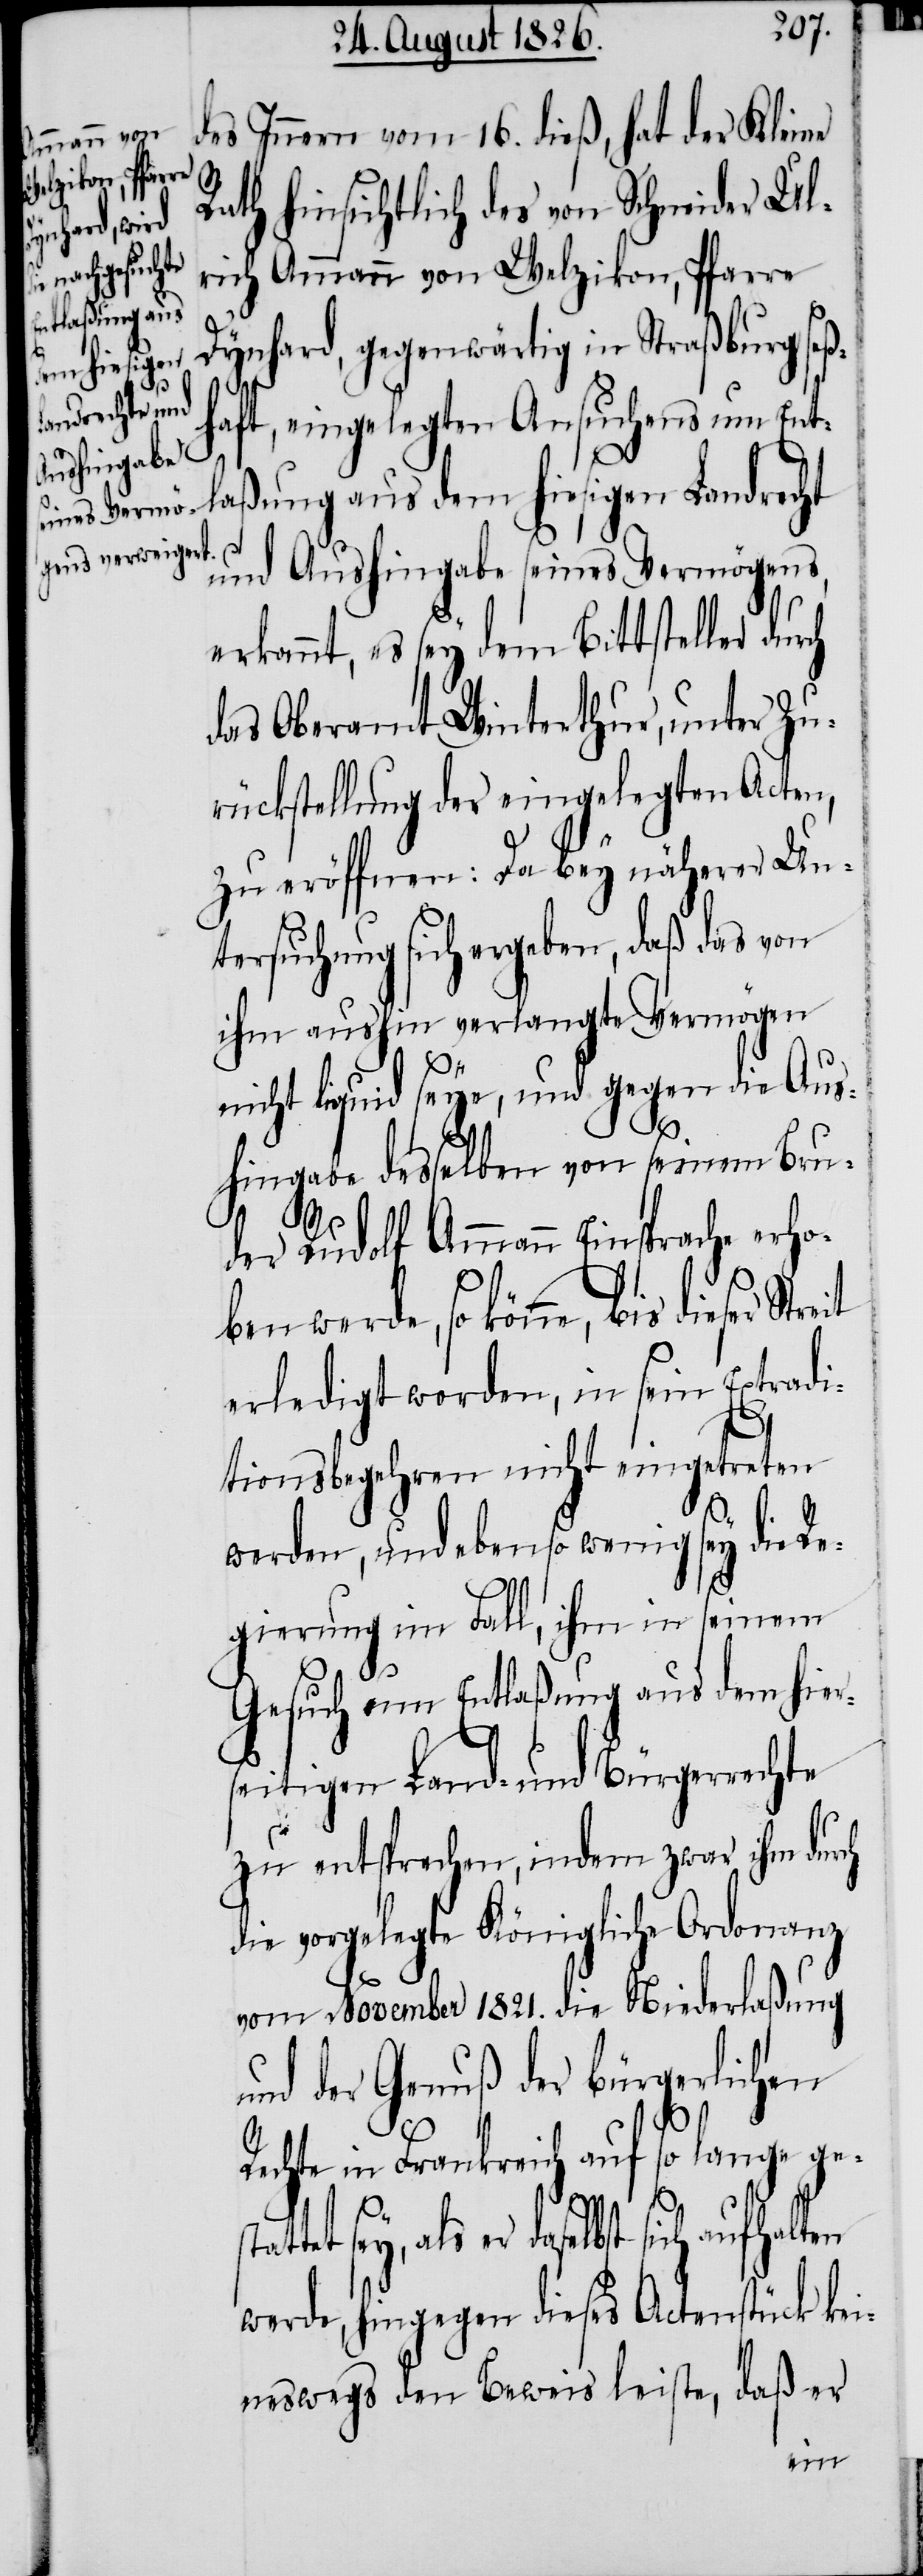
des Innern vom 16. dieß, hat der Kleine
Rath hinsichtlich des von Schneider Ul¬
rich Ammann von Welzikon, Pfarre
Dynhard, gegenwärtig in Straßburg seß¬
haft, eingelegten Ansuchens um Ent¬
laßung aus dem hiesigen Landrecht
und Aushingabe seines Vermögens
erkannt, es sey dem Bittsteller
das Oberamt Winterthur, unter Zu¬
rückstellung der eingelegten Acten,
zu eröffnen: Da bey näherer Un¬
tersuchung sich ergeben, daß das von
ihm aushin verlangte Vermögen
nicht liquid seye, und gegen die Aus¬
hingabe desselben von seinem Bru¬
der Rudolf Ammann Einsprache erho¬
ben werde, so könne, bis dieser Streit
erledigt worden, in sein Extradi¬
tionsbegehren nicht eingetreten
werden, und ebenso wenig sey die Re¬
gierung im Fall, ihm in seinem
Gesuch um Entlaßung aus dem hier¬
seitigen Land- und Bürgerrechte
zu entsprechen, indem zwar ihm durch
die vorgelegte Königliche Ordonanz
vom November 1821. die Niederlaßung
und der Genuß der bürgerlichen
Rechte in Frankreich auf so lange ge¬
stattet sey, als er daselbst
werde, hingegen dieses Actenstück kei¬
neswegs den Beweis leiste, daß er